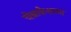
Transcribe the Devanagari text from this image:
चेन्नाकेशव्या